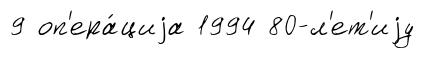
9 оп'ера́циjа 1994 80-л'ет'иjу